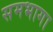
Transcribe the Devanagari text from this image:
समभागा